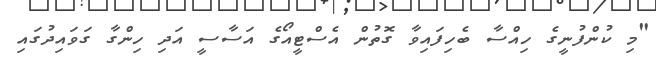
"މި ކުންފުނީގެ ހިއްސާ ބެހިފައިވާ ގޮތުން އެސްޓީއޯގެ އަސާސީ އަދި ހިންގާ ގަވައިދުގައި